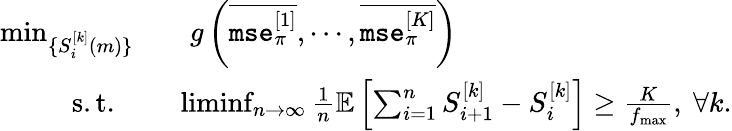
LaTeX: \begin{array}{rl}{\operatorname*{min}_{\{ S_{i}^{[k]}(m)\} }}&{\quad g\left(\overline{{\texttt{mse}_{\pi}^{[1]}}},\cdots,\overline{{\texttt{mse}_{\pi}^{[K]}}}\right)}\\ {\mathrm{s.t.~~}}&{~~\operatorname*{liminf}_{n\rightarrow\infty}\frac{1}{n}\mathbb{E}\left[\sum_{i=1}^{n}S_{i+1}^{[k]}-S_{i}^{[k]}\right]\geq\frac{K}{f_{\operatorname*{max}}},~\forall k.}\end{array}